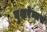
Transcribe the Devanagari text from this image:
बुशरेन्जर्स